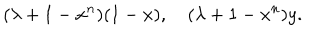
( \lambda + 1 - x ^ { n } ) ( 1 - x ) , \quad ( \lambda + 1 - x ^ { n } ) y .